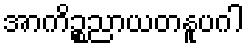
အာကိဉ္စညာယတနူပဂါ